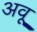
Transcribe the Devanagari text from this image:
अवू